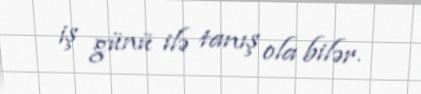
iş günü ilə tanış ola bilər.